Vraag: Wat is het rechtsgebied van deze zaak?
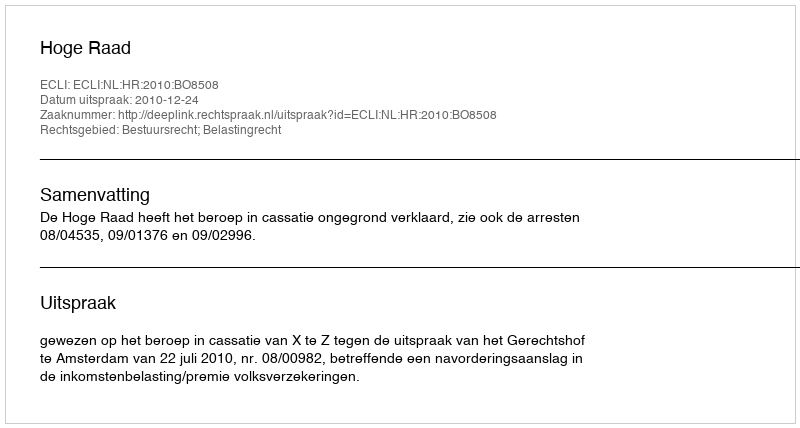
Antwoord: Bestuursrecht; Belastingrecht